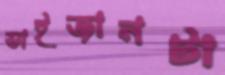
ভাইজানটা